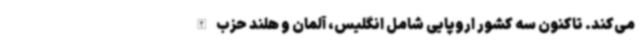
می‌کند. تاکنون سه کشور اروپایی شامل انگلیس، آلمان و هلند حزب الله